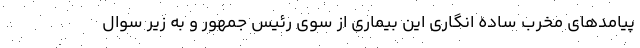
پیامدهای مخرب ساده انگاری این بیماری از سوی رئیس جمهور و به زیر سوال